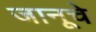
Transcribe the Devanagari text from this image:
जानूचे